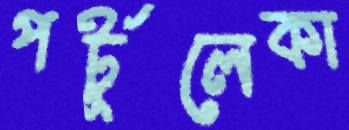
পর্টুলেকা